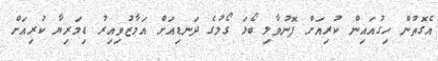
އެގޮތުން ހިގުއައިން ކުރިއަށް ފޮނުވާލި ބޯޅަ ގޯލުގެ ދަނޑިއަށް އަމާޒުވިއިރު ޑިމަރިޔާ ކުރިއަށް